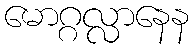
မောဂ္ဂလ္လာနေန